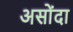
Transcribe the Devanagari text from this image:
असोंदा